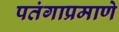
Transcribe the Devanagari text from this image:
पतंगाप्रमाणे